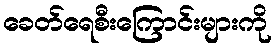
ခေတ်ရေစီးကြောင်းများကို